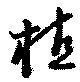
植